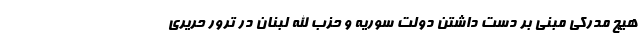
هیچ مدرکی مبنی بر دست داشتن دولت سوریه و حزب الله لبنان در ترور حریری